Report on vaccination in the Province of Bengal - 1869-1873
Year: 1869
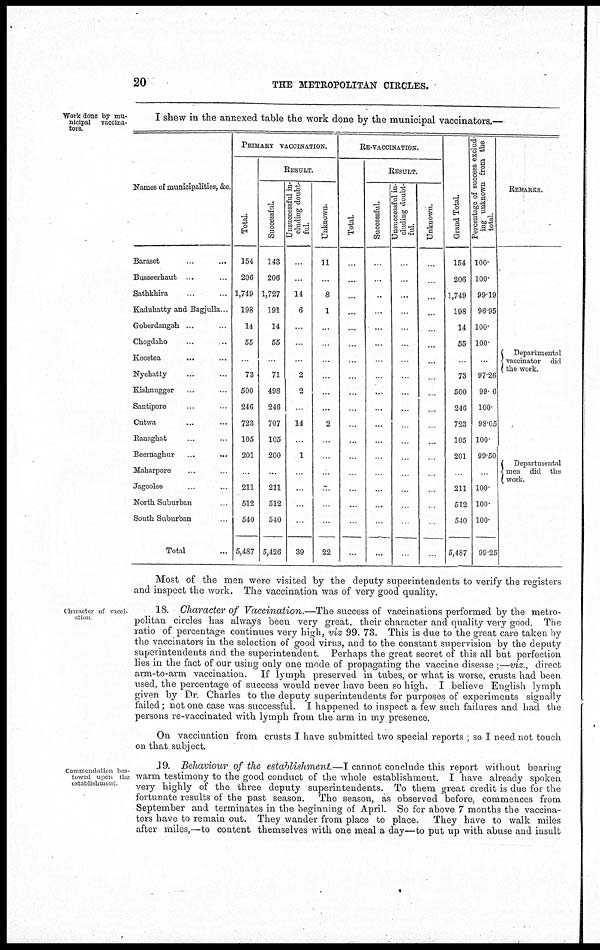
20
THE METROPOLITAN CIRCLES.
Work done by mu-
nicipal
vaccina-
tors.
I shew in the annexed table the work done by the municipal vaccinators.—
Names of municipalities, &c.
Baraset ... ...
Busseerhaut ... ...
Sathkhira ... ...
Kaduhatty and Bagjulla...
Goberdangah ... ...
Chogdaho ... ...
Koostea ... ...
Nyehatty ... ...
Kishnugger ... ...
Santipore ... ...
Cutwa ... ...
Ranaghat ... ...
Beernaghur ... ...
Maharpore ... ...
Jagoolee ... ...
North Suburban ... ...
South Suburban ... ...
Total ...
PRIMARY VACCINATION.
Total.
154
206
1,749
198
14
55
...
73
500
246
723
105
201
...
211
512
540
5,487
RESULT.
Successful.
143
206
1,727
191
14
55
...
71
498
246
707
105
200
...
211
512
540
5,426
Unsuccessful in-
cluding doubt-
ful.
...
...
14
6
...
...
...
2
2
...
14
...
1
...
...
...
...
39
Unknown.
11
...
8
1
...
...
...
...
...
...
2
...
...
...
...
...
...
22
RE-VACCINATION.
Total.
...
...
...
...
...
...
...
...
...
...
...
...
...
...
...
...
...
...
RESULT.
Successful.
...
...
...
...
...
...
...
...
...
...
...
...
...
...
...
...
...
...
Unsuccessful in-
cluding doubt-
ful.
...
...
...
...
...
...
...
...
...
...
...
...
...
...
...
...
...
...
Unknown.
...
...
...
...
...
...
...
...
...
...
...
...
...
...
...
...
...
...
Grand Tot al .
154
206
1,749
198
14
55
...
73
500
246
723
105
201
...
211
512
540
5,487
Pe r
c e nt a ge of success exclud-
ing unknown f
r
om the
total.
100.
100.
99.19
96.95
100.
100.
...
97.26
99.6
100.
98.05
100.
99.50
...
100.
100.
100.
99.25
REMARKS.
Departmental
vaccinator did
the work.
Departmental
men did the
work.
Most of the men were visited by the deputy superintendents to verify the registers
and inspect the work. The vaccination was of very good quality.
Character of vacci¬
ation
18. Character of Vaccination.—The success of vaccinations performed by the metro-
politan circles has always been very great, their character and quality very good. The
ratio of percentage continues very high, viz 99. 73. This is due to the great care taken by
the vaccinators in the selection of good virus, and to the constant supervision by the deputy
superintendents and the superintendent. Perhaps the great secret of this all but perfection
lies in the fact of our using only one mode of propagating the vaccine disease ;—viz., direct
arm-to-arm vaccination. If lymph preserved in tubes, or what is worse, crusts had been
used, the percentage of success would never have been so high. I believe English lymph
given by Dr. Charles to the deputy superintendents for purposes of experiments signally
failed; not one case was successful. I happened to inspect a few such failures and had the
persons re-vaccinated with lymph from the arm in my presence.
On vaccination from crusts I have submitted two special reports ; so I need not touch
on that subject.
Commendation bes-
towed upon the
establishment.
19. Behaviour of the establishment.—I cannot conclude this report without bearing
warm testimony to the good conduct of the whole establishment. I have already spoken
very highly of the three deputy superintendents. To them great credit is due for the
fortunate results of the past season. The season, as observed before, commences from
September and terminates in the beginning of April. So for above 7 months the vaccina-
tors have to remain out. They wander from place to place. They have to walk miles
after miles,—to content themselves with one meal a day—to put up with abuse and insult